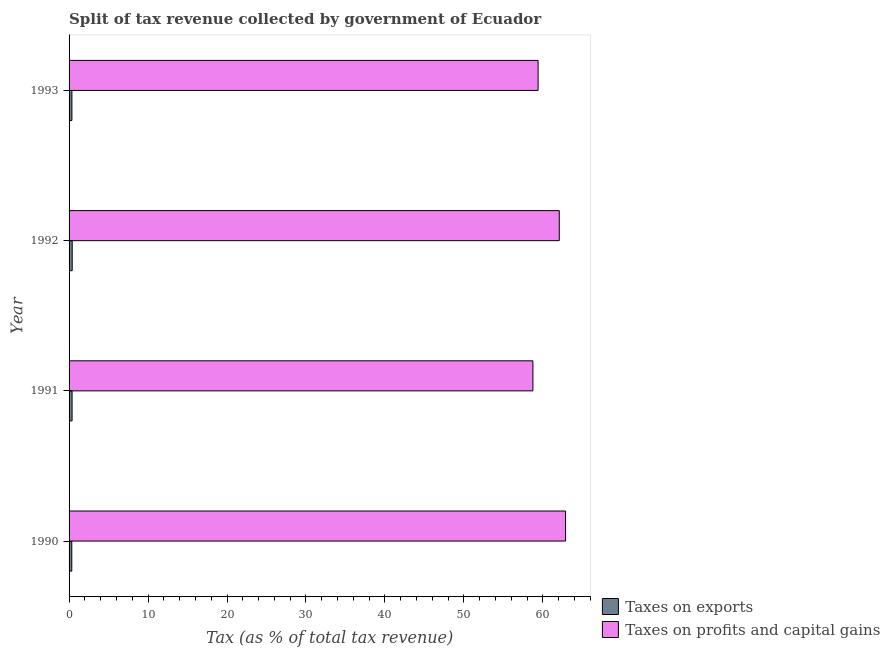
| Year | Taxes on exports | Taxes on profits and capital gains |
 | --- | --- | --- |
 | 1990 | 0.342 | 62.9 |
 | 1991 | 0.38 | 58.7 |
 | 1992 | 0.397 | 62.1 |
 | 1993 | 0.36 | 59.4 |